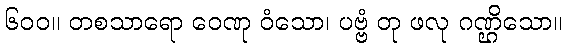
၆၀၀။ တစသာရော ဝေဏု ဝံသော၊ ပဗ္ဗံ တု ဖလု ဂဏ္ဌိသော။